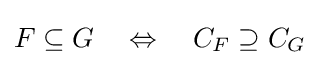
F\subseteq G\quad \Leftrightarrow \quad C_{F}\supseteq C_{G}